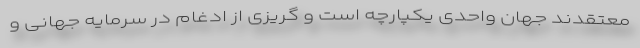
معتقدند جهان واحدی یکپارچه است و گریزی از ادغام در سرمایه جهانی و